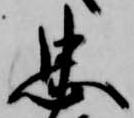
忠